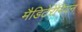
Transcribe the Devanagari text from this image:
मैडिटेरेनियन